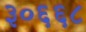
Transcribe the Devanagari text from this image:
३०६६८